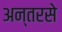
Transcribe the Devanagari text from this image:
अन्तरसे